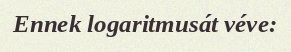
Ennek logaritmusát véve: